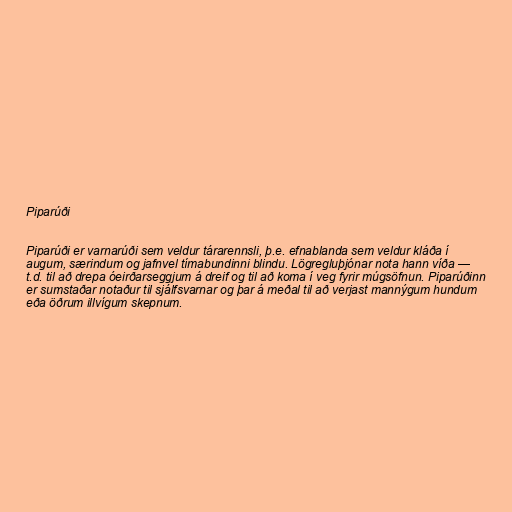
Piparúði

Piparúði er varnarúði sem veldur tárarennsli, þ.e. efnablanda sem veldur kláða í
augum, særindum og jafnvel tímabundinni blindu. Lögregluþjónar nota hann víða —
t.d. til að drepa óeirðarseggjum á dreif og til að koma í veg fyrir múgsöfnun. Piparúðinn
er sumstaðar notaður til sjálfsvarnar og þar á meðal til að verjast mannýgum hundum
eða öðrum illvígum skepnum.